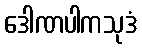
ဒေါဏပါကသုဒံ